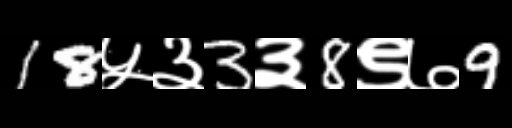
Text: 18५३3३8९७9